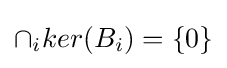
\cap _{i}ker(B_{i})=\{0\}